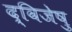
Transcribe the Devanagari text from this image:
द्विजेषु